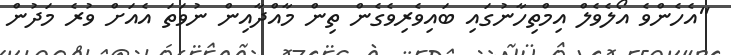
"އެހެންވެ އޯލެވެލް އިމްތިހާނުގައި ބައިވެރިވެގެން ތިން މާއްދާއިން ނުވަތަ އެއަށް ވުރެ މަދުން